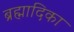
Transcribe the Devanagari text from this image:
ब्रह्मादिका